Lunatic asylums Madras 1892-1911 - 1892-1911
Year: 1892
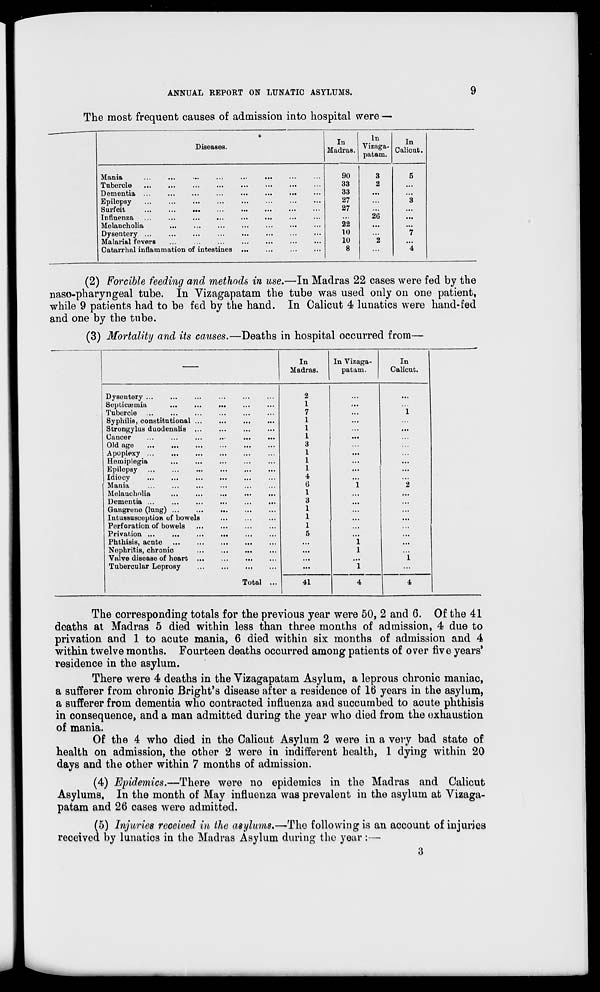
ANNUAL REPORT ON LUNATIC ASYLUMS.
9
The most frequent causes of admission into hospital were —
Diseases.
Mania
Tubercle
...
...
Dementia ...
Epilepsy
Surfeit
...
...
...
Influenza
Melancholia
Dysentery ...
Malarial fevers
Catarrhal inflammation of intestines
In
Madras.
In
Vizaga-
patam.
In
Calicut.
90
3
5
33
2
.
33
27
3
27
20
22
...
10
7
10
2
8
...
4
(2) Forcible feeding and methods in use.—In Madras 22 cases were fed by the
naso-pharyngeal tube. In Vizagapatam the tube was used only on one patient,
while 9 patients had to be fed by the hand. In Calicut 4 lunatics were hand-fed
and one by the tube.
(3) Mortality and its causes.—Deaths in hospital occurred from—
In
Madras.
In Vizaga-
patam.
In
Calicut.
Dysentery ...
Septicaemia
Tubercle
Syphilis, constitutional ...
Strongylus duodenalis ...
Cancer
Old age
Apoplexy ...
Heiniplegia
Epilepsy
Idiocy
Mania
...
Melancholia
Dementia ...
Gangrene (lung)
Intussusception of bowels
Perforation of bowels
Privation ...
Phthisis, acute
Nephritis, chronic
Valve disease of heart ..
Tubercular Leprosy
2
1
7
1
1
1
3
1
1
1
4
0
1
3
1
1
1
5
Total
41
The corresponding totals for the previous year were 50, 2 and 6. Of the 41
doaths at Madras 5 died within less than three months of admission, 4 due to
privation and 1 to acute mania, 6 died within six months of admission and 4
within twelve months. Fourteen deaths occurred among patients of over five years'
residence in the asylum.
There were 4 deaths in the Vizagapatam Asylum, a leprous chronic maniac,
a sufferer from chronic Bright's disease after a residence of 16 years in the asylum,
a sufferer from dementia who contracted influenza and succumbed to acute phthisis
in consequence, and a man admitted during the year who died from the exhaustion
of mania.
Of the 4 who died in the Calicut Asylum 2 were in a very bad state of
health on admission, the other 2 were in indifferent health, 1 dying within 20
days and the other within 7 months of admission.
(4) Epidemics.—There were no epidemics in the Madras and Calicut
Asylums, In the month of May influenza was prevalent in the asylum at Vizaga-
patam and 26 cases were admitted.
(5) Injuries received in the asylums.—-The following is an account of injuries
received by lunatics in the Madras Asylum during the year :—